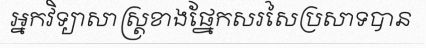
អ្នកវិទ្យាសាស្ត្រខាងផ្នែកសរសៃប្រសាទបាន